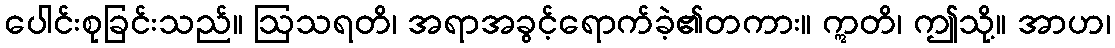
ပေါင်းစုခြင်းသည်။ ဩသရတိ၊ အရာအခွင့်ရောက်ခဲ့၏တကား။ ဣတိ၊ ဤသို့။ အာဟ၊